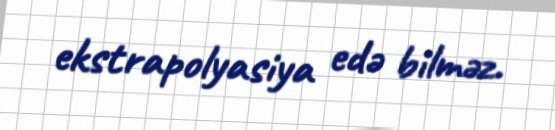
ekstrapolyasiya edə bilməz.